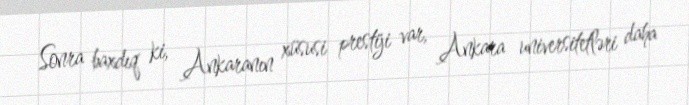
Sonra baxdıq ki, Ankaranın xüsusi prestiji var, Ankara universitetləri daha